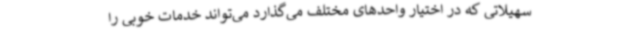
سهیلاتی که در اختیار واحدهای مختلف می‌گذارد می‌تواند خدمات خوبی را